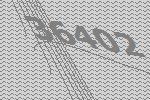
36402